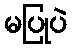
မပြုပဲ